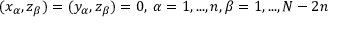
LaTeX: ( x _ { \alpha } , z _ { \beta } ) = ( y _ { \alpha } , z _ { \beta } ) = 0 , \: \alpha = 1 , . . . , n , \beta = 1 , . . . , N - 2 n